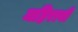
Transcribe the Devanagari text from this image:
महिराबी